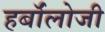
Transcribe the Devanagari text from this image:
हर्बॉलोजी